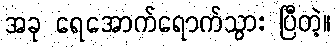
အခု ရေအောက်ရောက်သွား ပြီတဲ့။